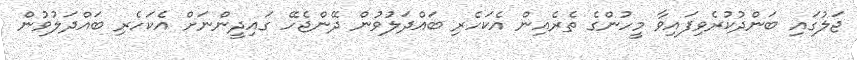
ޖަލުގައި ބަންދުކުރެވިފައިވާ މީހުންގެ ތެރެއިން އެކަހެރި ބައްދަލުވުން ދޭންޖެހޭ ގައިދީންނަށް އެކަހެރި ބައްދަލުވުން